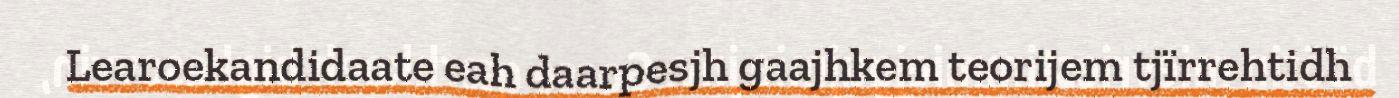
Learoekandidaate eah daarpesjh gaajhkem teorijem tjïrrehtidh